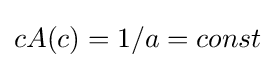
cA(c)=1/a=const